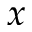
x